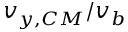
v _ { y , C M } / v _ { b }